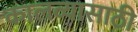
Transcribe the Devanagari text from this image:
कालव्यासाठी